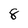
Character: 8